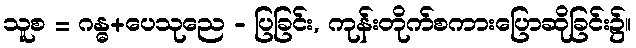
သူစ = ဂန္ဓ+ပေသုညေ - ပြခြင်း, ကုန်းတိုက်စကားပြောဆိုခြင်း၌။